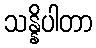
သန္နိပါတာ